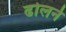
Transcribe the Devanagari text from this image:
ढोलने